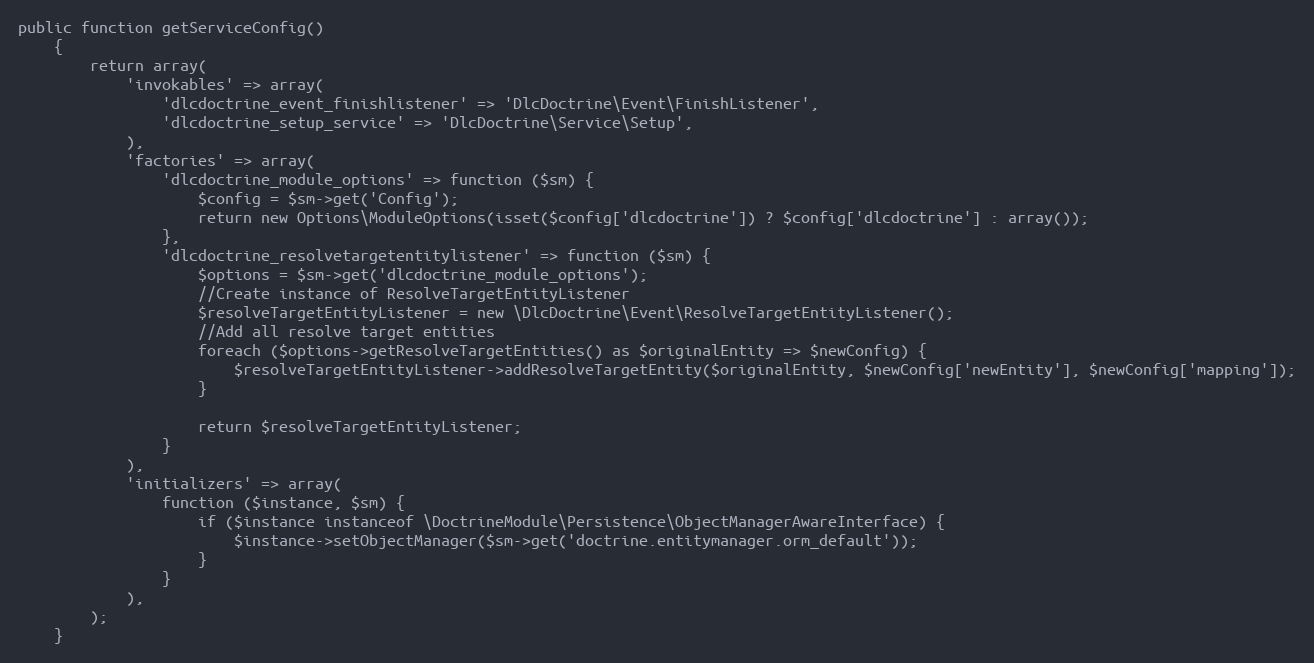
Language: PHP
public function getServiceConfig()
    {
        return array(
            'invokables' => array(
                'dlcdoctrine_event_finishlistener' => 'DlcDoctrine\Event\FinishListener',
                'dlcdoctrine_setup_service' => 'DlcDoctrine\Service\Setup',
            ),
            'factories' => array(
                'dlcdoctrine_module_options' => function ($sm) {
                    $config = $sm->get('Config');
                    return new Options\ModuleOptions(isset($config['dlcdoctrine']) ? $config['dlcdoctrine'] : array());
                },
                'dlcdoctrine_resolvetargetentitylistener' => function ($sm) {
                    $options = $sm->get('dlcdoctrine_module_options');
                    //Create instance of ResolveTargetEntityListener
                    $resolveTargetEntityListener = new \DlcDoctrine\Event\ResolveTargetEntityListener();
                    //Add all resolve target entities
                    foreach ($options->getResolveTargetEntities() as $originalEntity => $newConfig) {
                        $resolveTargetEntityListener->addResolveTargetEntity($originalEntity, $newConfig['newEntity'], $newConfig['mapping']);
                    }

                    return $resolveTargetEntityListener;
                }
            ),
            'initializers' => array(
                function ($instance, $sm) {
                    if ($instance instanceof \DoctrineModule\Persistence\ObjectManagerAwareInterface) {
                        $instance->setObjectManager($sm->get('doctrine.entitymanager.orm_default'));
                    }
                }
            ),
        );
    }